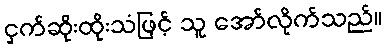
ငှက်ဆိုးထိုးသံဖြင့် သူ အော်လိုက်သည်။